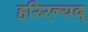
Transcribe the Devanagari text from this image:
हरिरन्यद्